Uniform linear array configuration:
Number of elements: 64
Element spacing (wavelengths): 1
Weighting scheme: kaiser
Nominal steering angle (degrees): -60
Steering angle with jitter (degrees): -61.132
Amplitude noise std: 0.05
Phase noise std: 0.05

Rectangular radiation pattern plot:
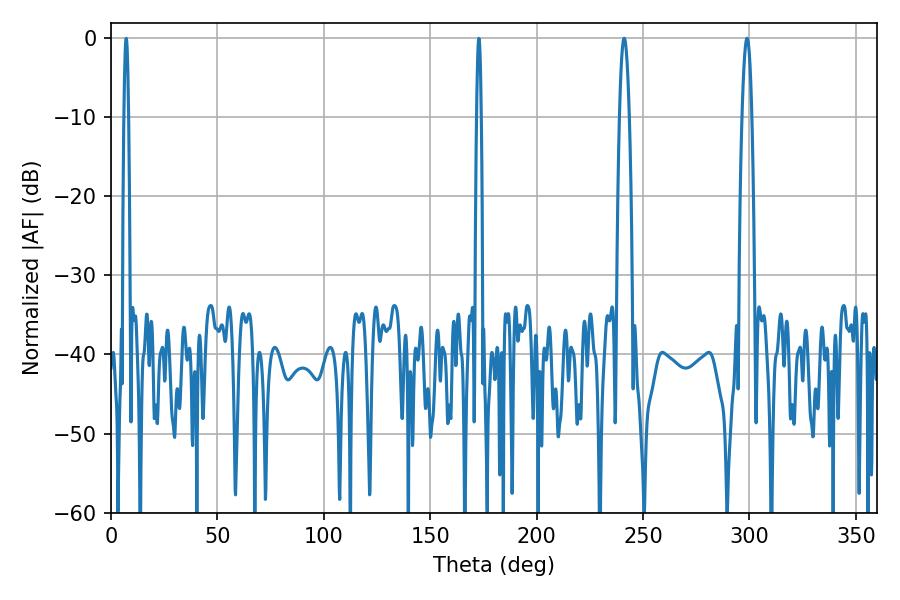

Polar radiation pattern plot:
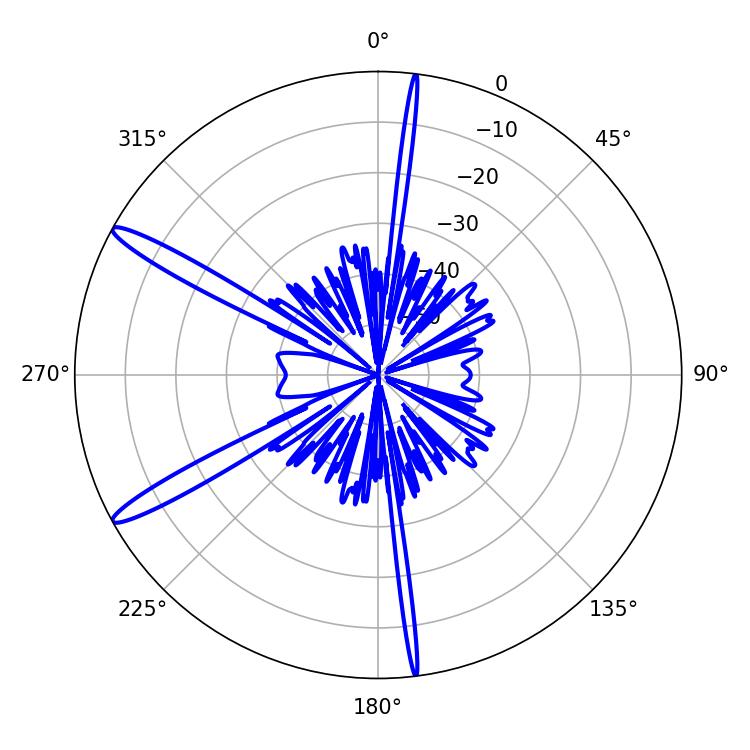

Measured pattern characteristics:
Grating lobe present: TRUE
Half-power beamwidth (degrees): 2.52
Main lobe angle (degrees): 298.8